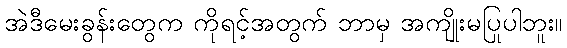
အဲဒီမေးခွန်းတွေက ကိုရင့်အတွက် ဘာမှ အကျိုးမပြုပါဘူး။